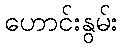
ဟောင်းနွမ်း